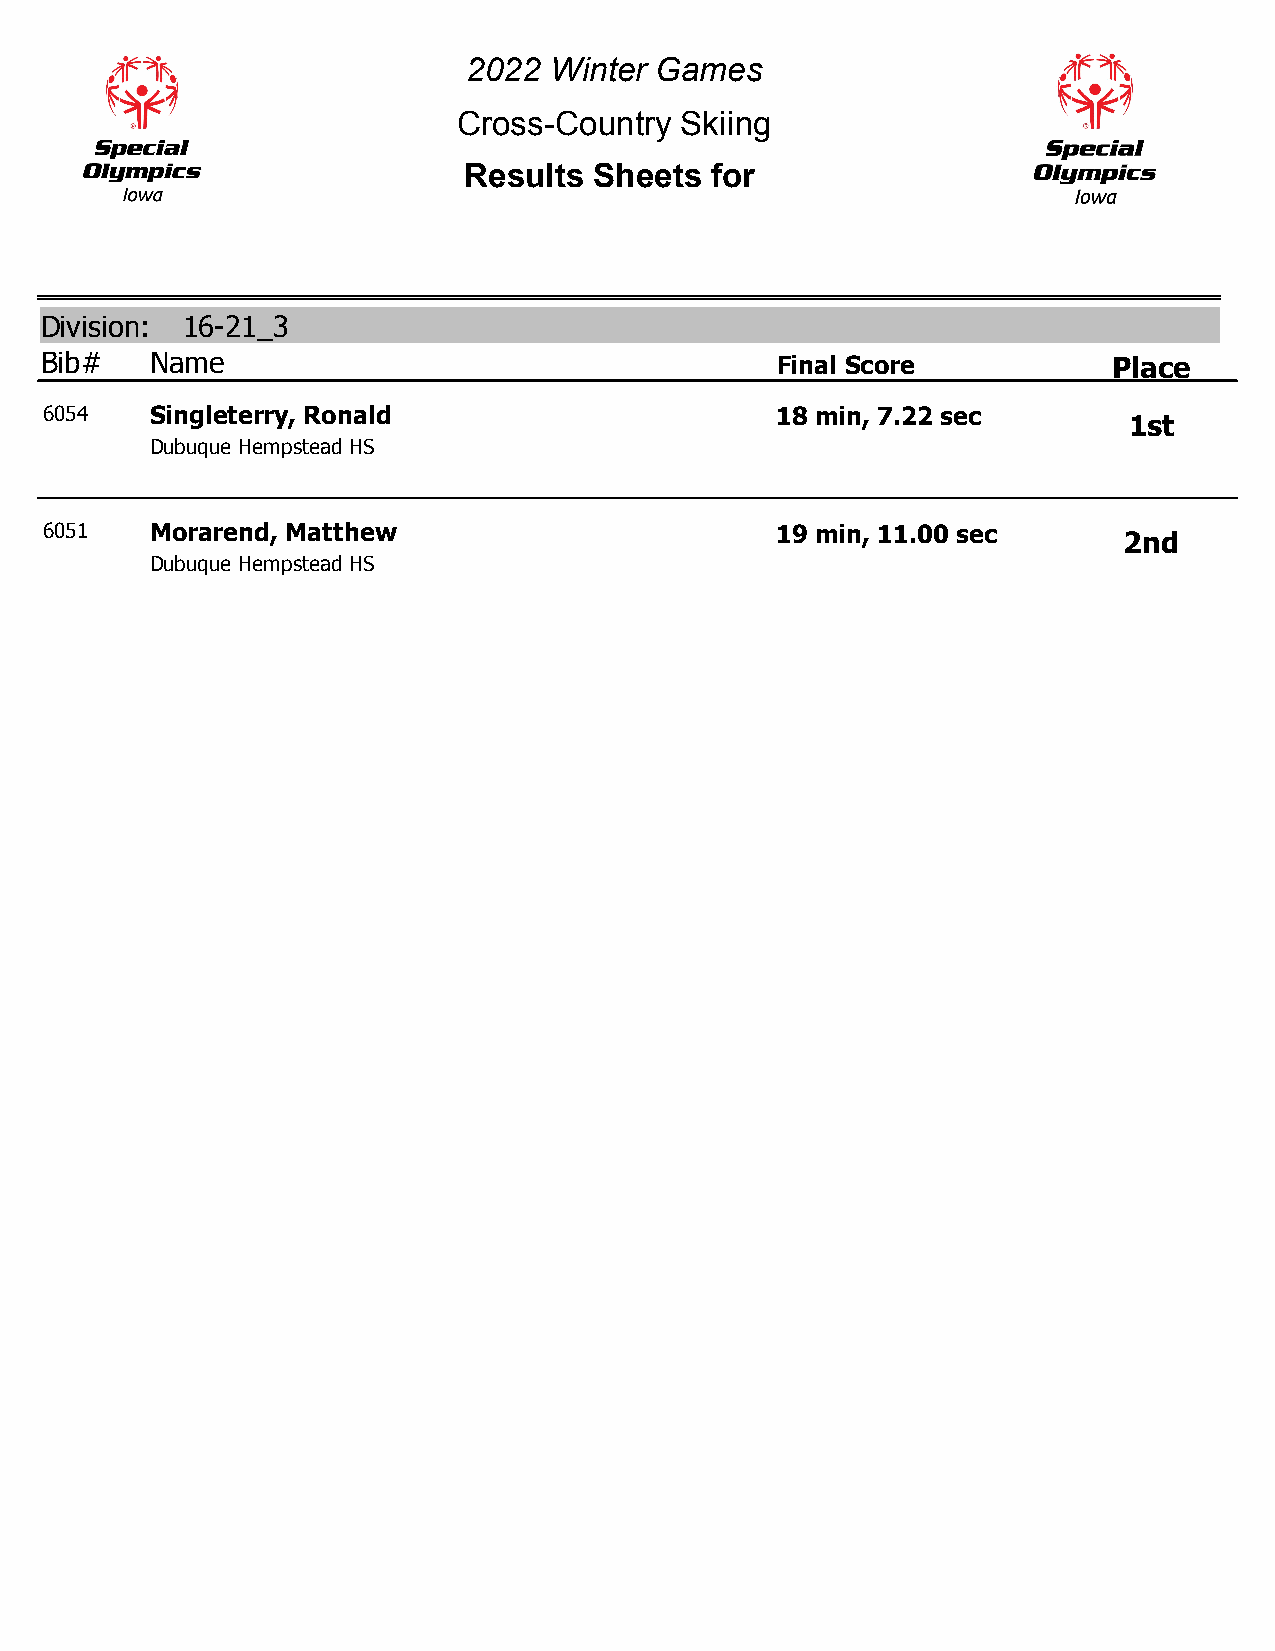
2022 Winter Games
 Cross-Country  Skiing
 Results Sheets  for
 Division: 16-21_3
 Bib#   Name                                     Final Score            Place
 6054   Singleterry, Ronald                      18 min, 7.22 sec
 1st
 Dubuque Hempstead HS
 6051   Morarend, Matthew                        19 min, 11.00 sec
 2nd
 Dubuque Hempstead HS